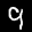
Label: 9